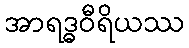
အာရဒ္ဓဝီရိယဿ